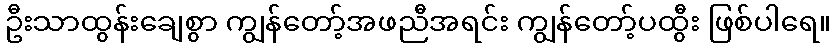
ဦးသာထွန်းချေစွာ ကျွန်တော့်အဖညီအရင်း ကျွန်တော့်ပထွီး ဖြစ်ပါရေ။